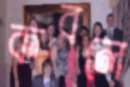
কবলে